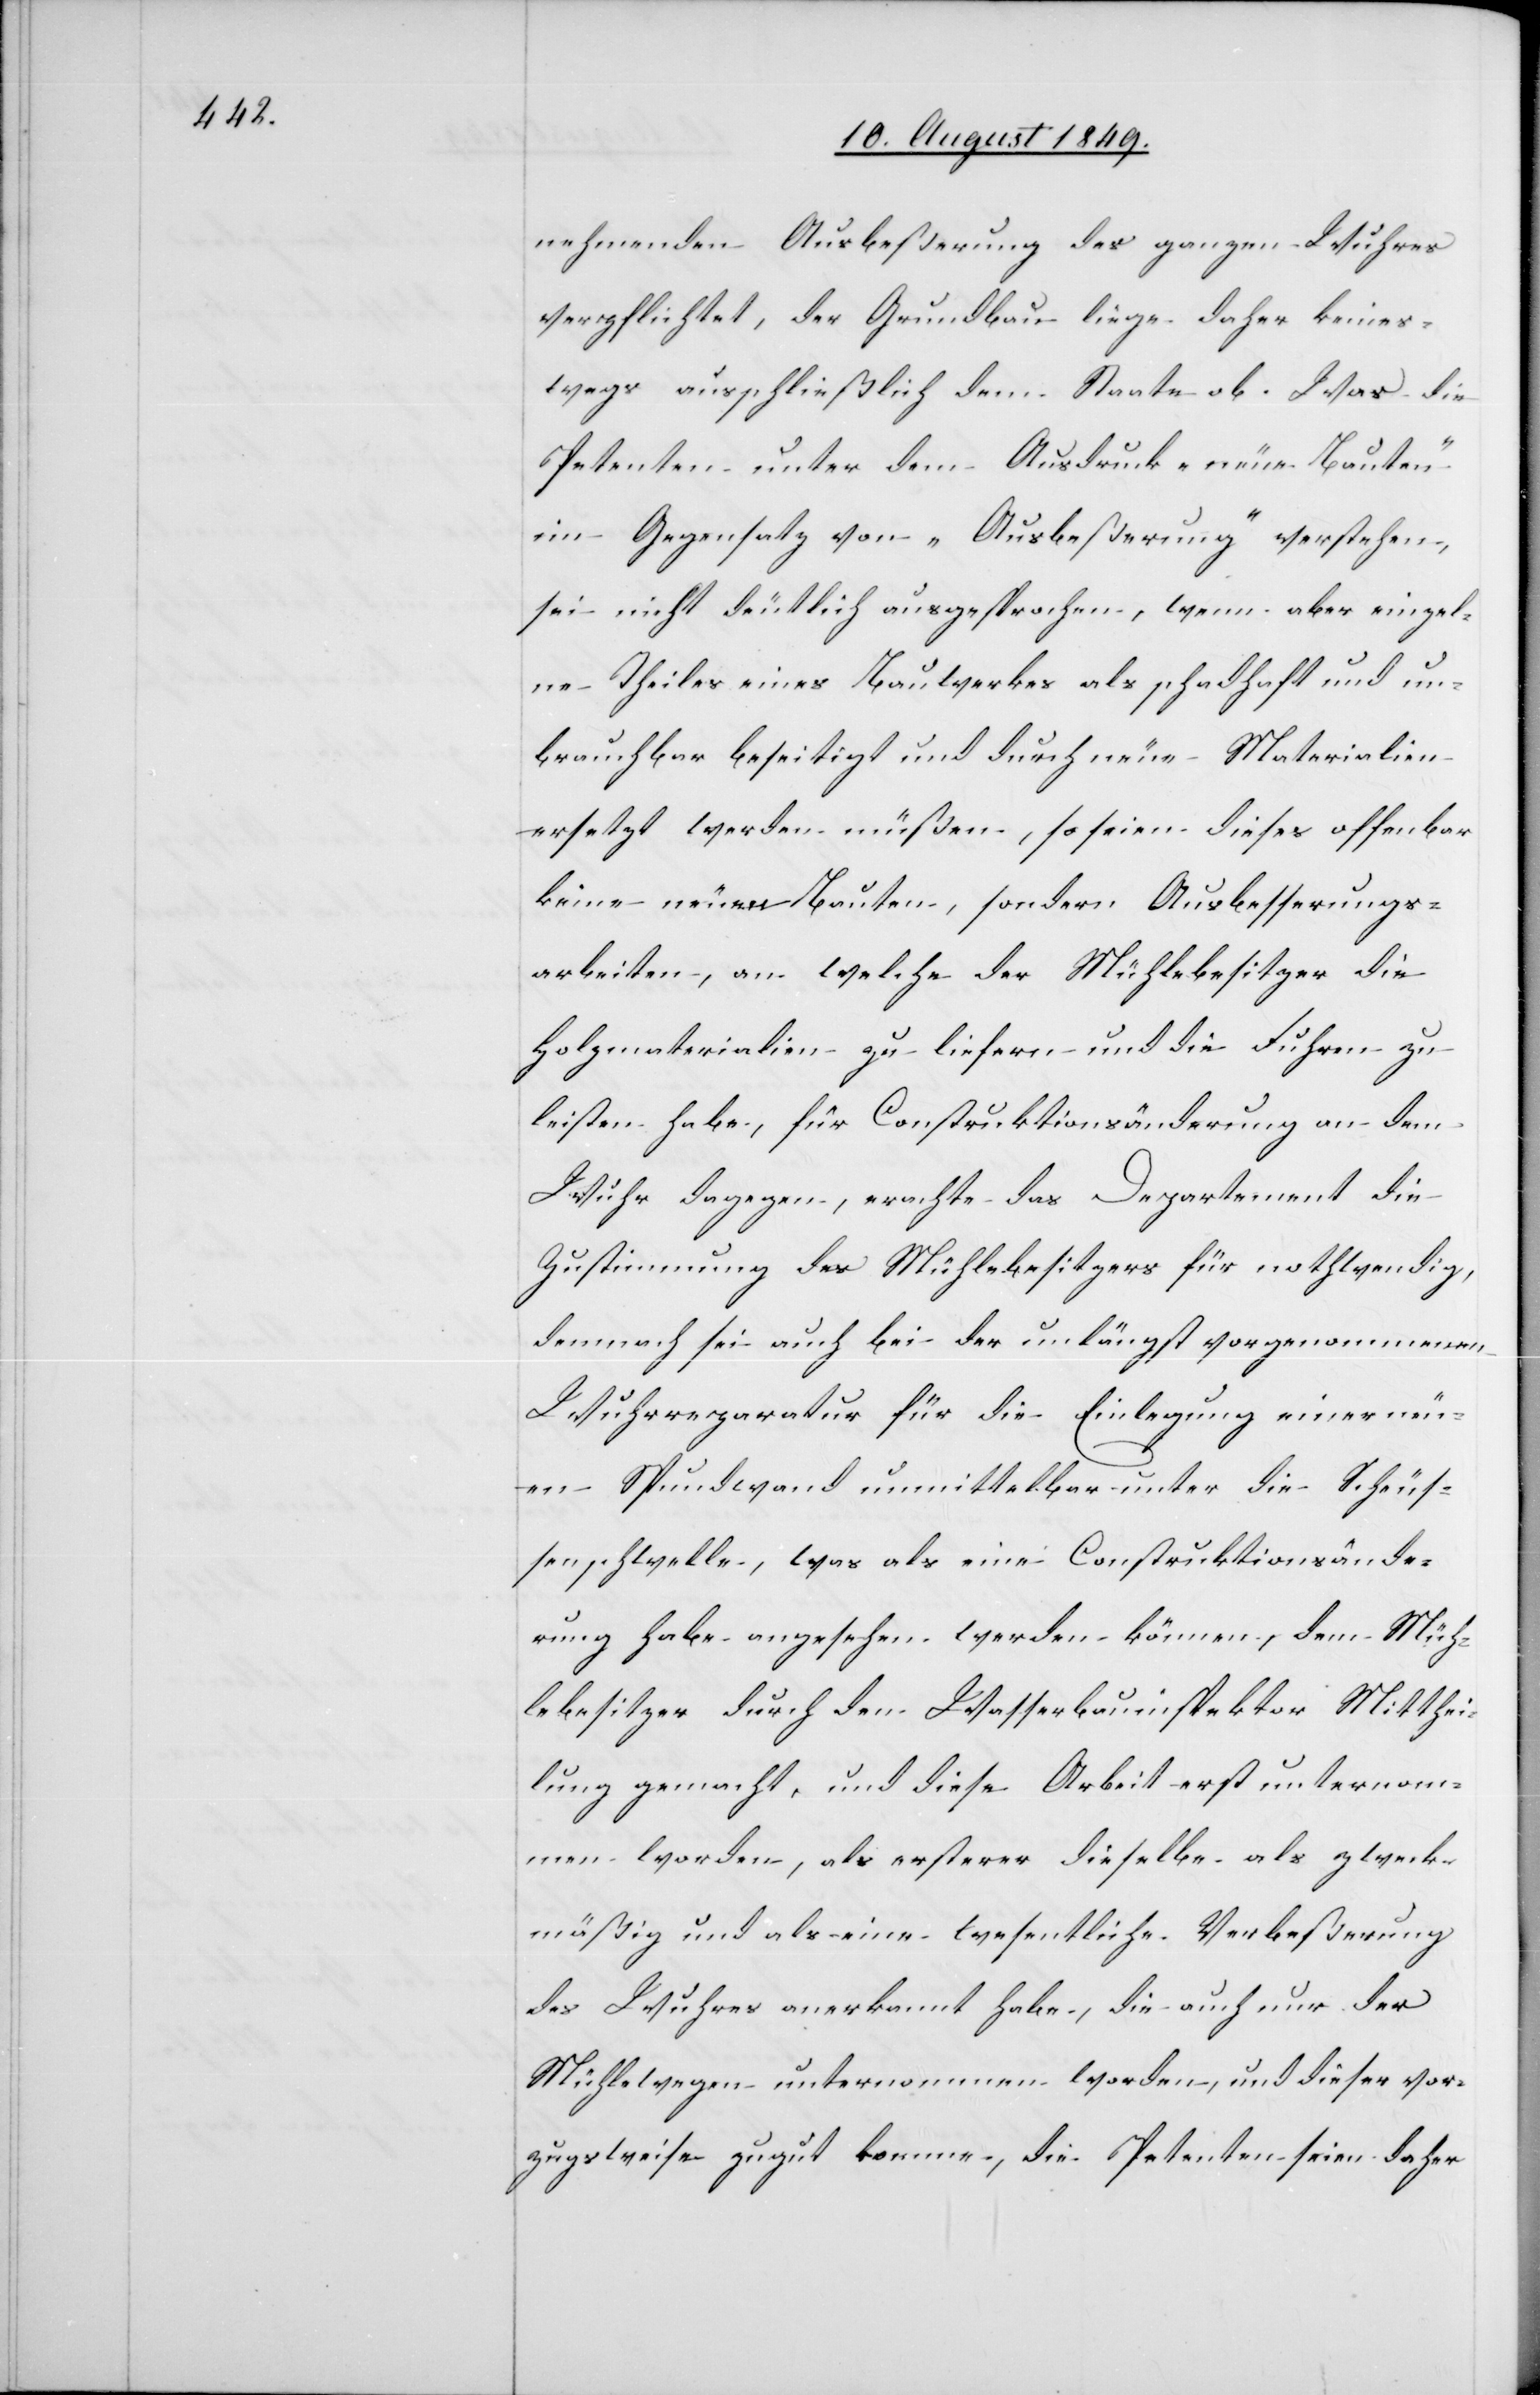
nehmenden Ausbeßerung des ganzen Wuhres
verpflichtet, der Grundbau liege daher keines¬
wegs ausschließlich dem Staate ob. Was die
Petenten unter dem Ausdruck „neue Bauten“
im Gegensatz von „Ausbeßerung“ verstehen,
sei nicht deutlich ausgesprochen, wenn aber einzelne
unbrauchbar beseitigt und durch neue Materialien
ersetzt werden müßen, so seien dieses offenbar
keine neuen Bauten, sondern Ausbesserungs¬
arbeiten, an welche der Mühlebesitzer die
Holzmaterialien zu liefern und die Fuhren zu
leisten habe, für Construktionsänderung an dem
Wuhr dagegen, erachte das Departement die
Zustimmung des Mühlebesitzers für nothwendig,
demnach sei auch bei der unlängst vorgenommenen
Wuhrreparatur für die Einlegung einer neu¬
en Spundwand unmittelbar unter die Scheus¬
senschwelle [sic!], was als eine Construktionsände¬
rung habe angesehen werden können, dem Müh¬
lebesitzer durch den Wasserbauinspektor Mitthei¬
lung gemacht, und diese Arbeit erst unternom¬
men worden, als ersterer dieselbe als zweck¬
mäßig und als eine wesentliche Verbeßerung
des Wuhres anerkannt habe, die auch nur der
Mühle wegen unternommen worden, und dieser vor¬
zugsweise zugut komme, die Petenten seien daher